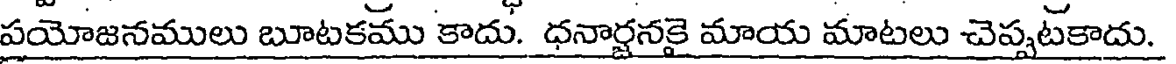
పయోజనములు బూటకము కాదు. ధనార్జనకై మాయ మాటలు చెప్పటకాదు.